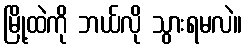
မြို့ထဲကို ဘယ်လို သွားရမလဲ။